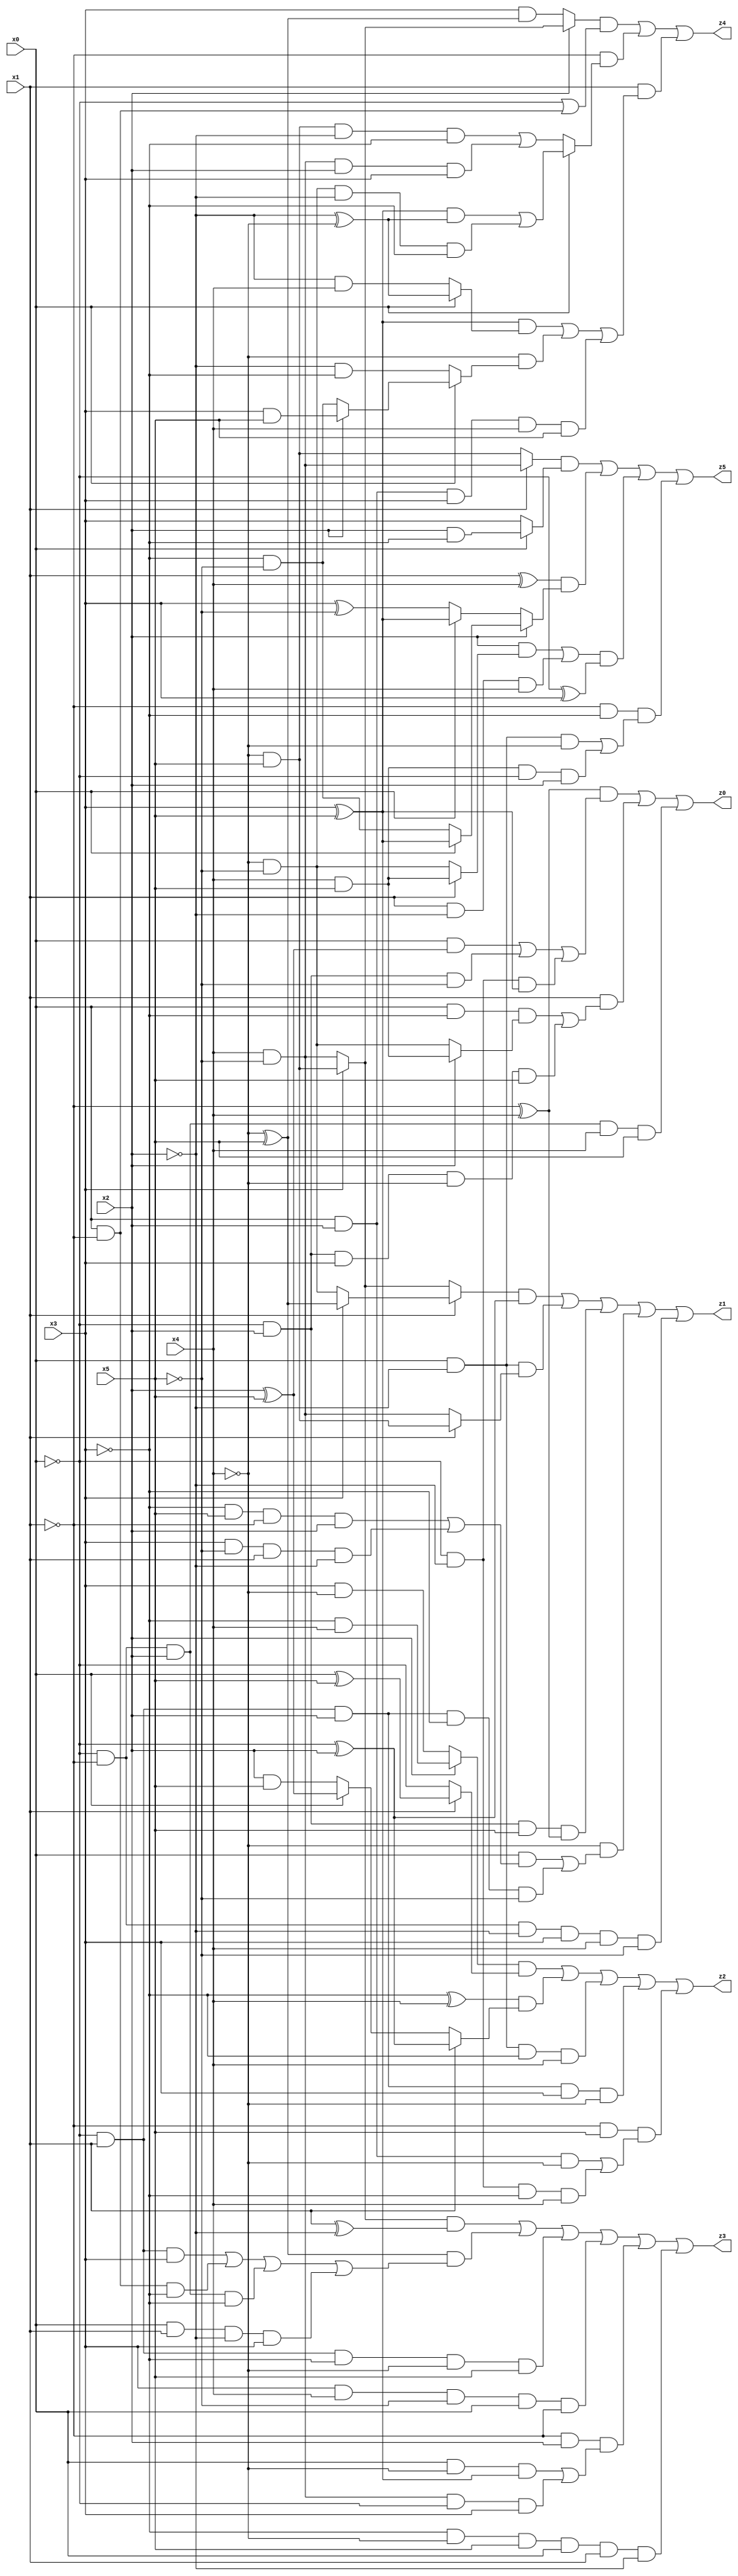
// Benchmark "X_6" written by ABC on Thu Jun 29 03:14:18 2023

module X_6 ( 
    x0, x1, x2, x3, x4, x5,
    z0, z1, z2, z3, z4, z5  );
  input  x0, x1, x2, x3, x4, x5;
  output z0, z1, z2, z3, z4, z5;
  assign z0 = ((~x1 ^ x4) & ((x0 & (x2 ^ x5)) | (~x0 & x2 & ~x5) | (~x0 & ~x2 & (x3 ^ x5)))) | (x1 & ((x0 & ~x3 & (x2 ? (x4 & x5) : (~x4 & ~x5))) | (~x0 & x2 & x3 & ~x4 & x5))) | (~x0 & ~x1 & x2 & x4 & x5);
  assign z1 = ((x1 ? (x3 ? (~x4 ^ x5) : (~x4 & ~x5)) : (x3 ? (~x4 & x5) : (x4 & ~x5))) & (~x0 ^ x2)) | (x0 & ~x2 & (x1 ? (~x4 & x5) : (x4 & ~x5))) | (~x0 & x2 & x5 & (~x1 ^ x4)) | (~x4 & ((x0 & ((~x3 & x5 & ~x1 & x2) | (x3 & ~x5 & x1 & ~x2))) | (~x0 & x1 & x2 & ~x3 & ~x5))) | (~x0 & ~x1 & ~x2 & x3 & x4 & ~x5);
  assign z2 = ((x2 ? (~x3 & x4) : (x3 & ~x4)) & (x1 ? (x0 ^ x5) : ~x0)) | ((~x3 ^ x4) & (x1 ? (~x0 ^ x2) : (x0 ? (x2 ^ x5) : (x2 & x5)))) | (x0 & ~x2 & ~x3 & x4) | (~x0 & x1 & x2 & x3 & ~x4) | (~x1 & x5 & ((x0 & x2 & ~x4) | (~x0 & ~x2 & ~x3 & x4)));
  assign z3 = ((x3 ? (~x4 & x5) : (x4 & ~x5)) & (x1 ^ ~x2)) | ((~x4 ^ x5) & ((~x0 & x1 & x3) | (x0 & ~x1 & ~x3) | (~x0 & ~x1 & x2 & ~x3) | (x0 & x1 & ~x2 & x3))) | (~x0 & x1 & ~x3 & ~x4 & x5) | (x3 & x4 & ~x5 & x0 & ~x1) | (~x1 & x2 & ((x0 & ~x4 & (x3 ^ x5)) | (x4 & ~x5 & ~x0 & x3))) | (~x3 & ~x4 & x5 & x0 & x1 & ~x2);
  assign z4 = ((x2 ? (x3 ? (~x4 & x5) : (x4 & ~x5)) : (x3 & (~x4 ^ x5))) & (~x0 | (x0 & ~x1))) | (~x1 & (x0 ? (((x3 ^ x5) & (~x2 ^ ~x4)) | (~x4 & ~x5 & ~x2 & ~x3)) : ((~x4 & x5 & ~x2 & ~x3) | (x4 & ~x5 & x2 & x3)))) | (x1 & (((x3 ^ x5) & (x0 ? (~x2 ^ ~x4) : (~x2 & x4))) | (~x4 & (x0 ? (x2 ? (x3 & x5) : (~x3 & ~x5)) : (~x2 & ~x3))) | (x0 & x2 & x3 & x4 & x5)));
  assign z5 = ((x1 ? (x4 & ~x5) : (~x4 & x5)) & (x0 ? (x2 & ~x3) : x3)) | ((x1 ^ x4) & (x2 ? (x0 ? (x3 ^ x5) : (~x3 & ~x5)) : (x0 ? (x3 ^ x5) : (x3 ^ ~x5)))) | (((x2 & (x1 ? (x4 & x5) : (~x4 & ~x5))) | (x1 & ~x2 & x4)) & (~x0 ^ x3)) | (~x1 & ~x3 & ((x0 & ~x2 & ~x4) | (x4 & x5 & ~x0 & x2)));
endmodule